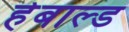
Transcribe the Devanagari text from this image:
हेबाल्ड